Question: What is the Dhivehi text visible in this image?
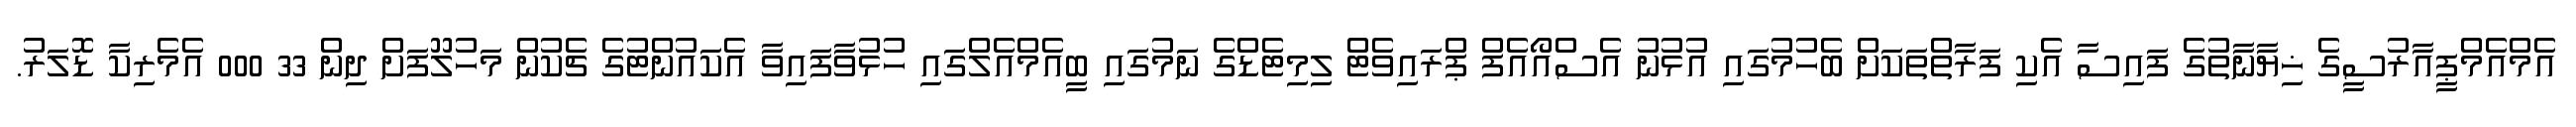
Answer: އެމްއެމްޕީއާރުސީގެ ޚިޔާނާތުގެ ފައިސާ އެކި ފަރާތްތަކަށް ބެހުމުގައި އުޅުނު އެސްއޯއެފް ޕްރައިވެޓް ލިމިޓެޑްގެ ނަމުގައި ބީއެމްއެލްގައި ހުޅުވާފައިވާ އެކައުންޓުގެ ޗެކުން މަހުލޫފަށް ދިން 33 000 އެމެރިކާ ޑޮލަރު.